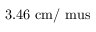
\mathrm { 3 . 4 6 ~ c m / \ m u s }